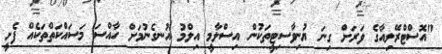
"އޮސްޓްރޭލިއާގެ ވަރަށް ގިނަ ޔުނިވާސިޓީތަކުން އިސްލާމީ އިލްމު އުނގެނުމަށް ހާއްސަ މަސައްކަތްތަކެއް ފެށީ